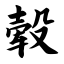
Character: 毂